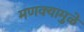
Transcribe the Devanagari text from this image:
मणक्यामुळे